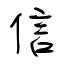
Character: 信